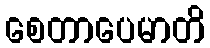
စေတာပေမာတိ